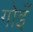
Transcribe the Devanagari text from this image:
गोइँ